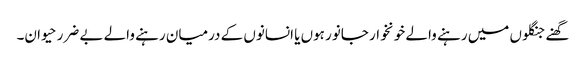
گھنے جنگلوں میں رہنے والے خونخوار جانور ہوں یا انسانوں کے درمیان رہنے والے بے ضرر حیوان۔